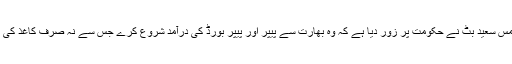
13جنوری 2014ء) آل پاکستان پیپر مرچنٹس ایسوسی ایشن کے رہنما اور پیاف کے سینئر وائس چیئرمین خامس سعید بٹ نے حکومت پر زور دیا ہے کہ وہ بھارت سے پیپر اور پیپر بورڈ کی درآمد شروع کرے جس سے نہ صرف کاغذ کی تجارت سے وابستہ تاجروں کو ریلیف ملے گا بلکہ درسی کتب اور کاپیاں بھی عام آدمی کی پہنچ میں آئیں گی۔